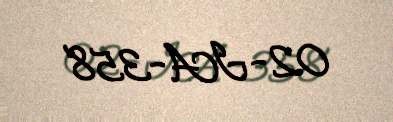
02-IA-358